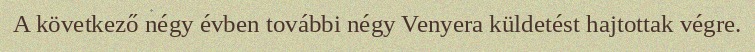
A következő négy évben további négy Venyera küldetést hajtottak végre.